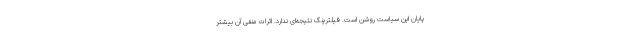
پایان این سیاست روشن است. فیلترینگ نتیجه‌ای ندارد. اثرات منفی آن بیشتر